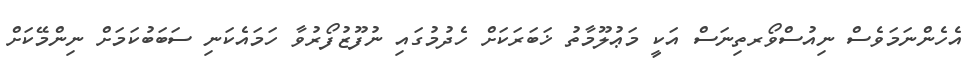
އެހެންނަމަވެސް ނިއުސްވޯރތިނަސް އަކީ މަޢުލޫމާތު ޚަބަރަކަށް ހެދުމުގައި ނުފޫޒުފޯރުވާ ހަމައެކަނި ސަބަބުކަމަށް ނިންމޭކަށް